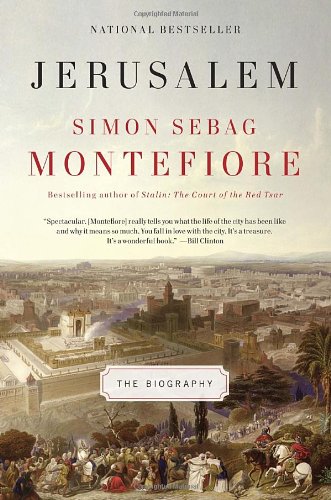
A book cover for Jerusalem: The Biography; Simon Sebag Montefiore; History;